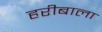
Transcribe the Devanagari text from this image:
हरीबाला